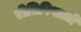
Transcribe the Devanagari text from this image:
रीतिरिवाज़ों